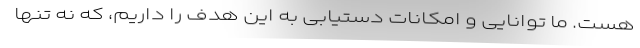
هست. ما توانایی و امکانات دستیابی به این هدف را داریم، که نه تنها